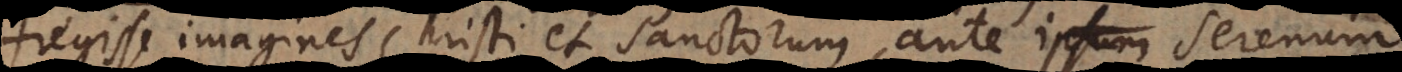
fregisse imagines Christi et Sanctorum ante ipsum Serenum